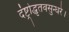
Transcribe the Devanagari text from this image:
दंष्ट्रोद्धृतवसुन्धरे।